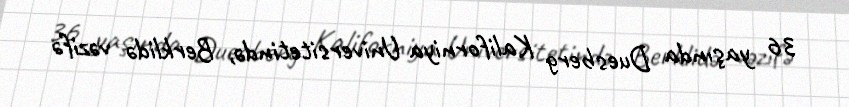
36 yaşında Duesberg Kaliforniya Universitetində, Berklidə vəzifə